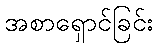
အစာရှောင်ခြင်း